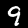
Digit: 9